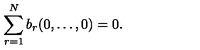
\sum _ { r = 1 } ^ { N } b _ { r } ( 0 , \ldots , 0 ) = 0 .